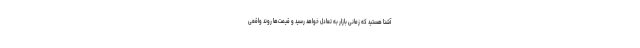
آشنا هستید که زمانی بازار به تعادل خواهد رسید و قیمت‌ها روند واقعی